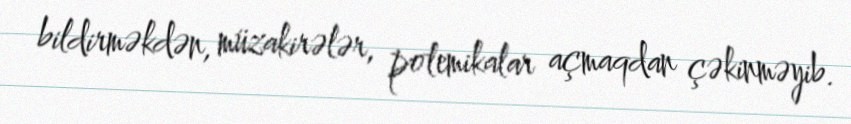
bildirməkdən, müzakirələr, polemikalar açmaqdan çəkinməyib.